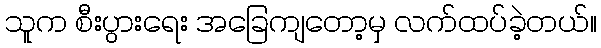
သူက စီးပွားရေး အခြေကျတော့မှ လက်ထပ်ခဲ့တယ်။